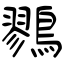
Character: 鷚